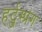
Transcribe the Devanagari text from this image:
हर्ट्जस्प्रंग